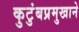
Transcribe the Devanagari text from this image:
कुटुंबप्रमुखाने